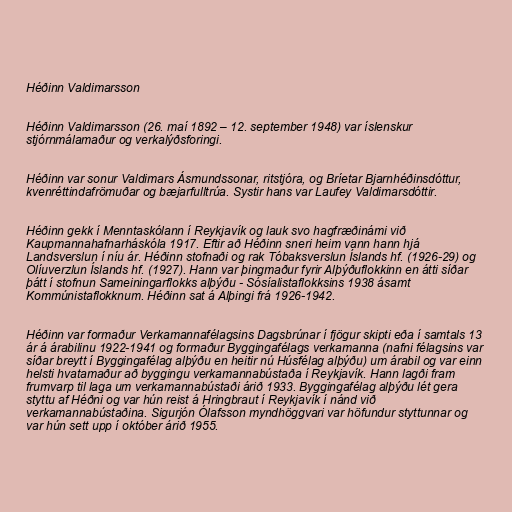
Héðinn Valdimarsson

Héðinn Valdimarsson (26. maí 1892 – 12. september 1948) var íslenskur
stjórnmálamaður og verkalýðsforingi.

Héðinn var sonur Valdimars Ásmundssonar, ritstjóra, og Bríetar Bjarnhéðinsdóttur,
kvenréttindafrömuðar og bæjarfulltrúa. Systir hans var Laufey Valdimarsdóttir.

Héðinn gekk í Menntaskólann í Reykjavík og lauk svo hagfræðinámi við
Kaupmannahafnarháskóla 1917. Eftir að Héðinn sneri heim vann hann hjá
Landsverslun í níu ár. Héðinn stofnaði og rak Tóbaksverslun Íslands hf. (1926-29) og
Olíuverzlun Íslands hf. (1927). Hann var þingmaður fyrir Alþýðuflokkinn en átti síðar
þátt í stofnun Sameiningarflokks alþýðu - Sósíalistaflokksins 1938 ásamt
Kommúnistaflokknum. Héðinn sat á Alþingi frá 1926-1942.

Héðinn var formaður Verkamannafélagsins Dagsbrúnar í fjögur skipti eða í samtals 13
ár á árabilinu 1922-1941 og formaður Byggingafélags verkamanna (nafni félagsins var
síðar breytt í Byggingafélag alþýðu en heitir nú Húsfélag alþýðu) um árabil og var einn
helsti hvatamaður að byggingu verkamannabústaða í Reykjavík. Hann lagði fram
frumvarp til laga um verkamannabústaði árið 1933. Byggingafélag alþýðu lét gera
styttu af Héðni og var hún reist á Hringbraut í Reykjavík í nánd við
verkamannabústaðina. Sigurjón Ólafsson myndhöggvari var höfundur styttunnar og
var hún sett upp í október árið 1955.